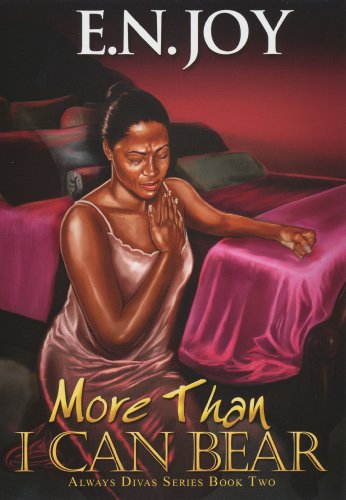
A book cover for More Than I Can Bear: Always Divas Series Book Two (Urban Books); E.N. Joy; Literature & Fiction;